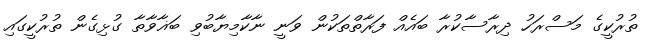
ތުރުކީގެ މަސްރަހު ދިރާސާކުރާ ބައެއް ފަރާތްތަކުން ވަނީ ނާކާމިޔާބުވި ބަޣާވާތާ ގުޅިގެން ތުރުކީގައި